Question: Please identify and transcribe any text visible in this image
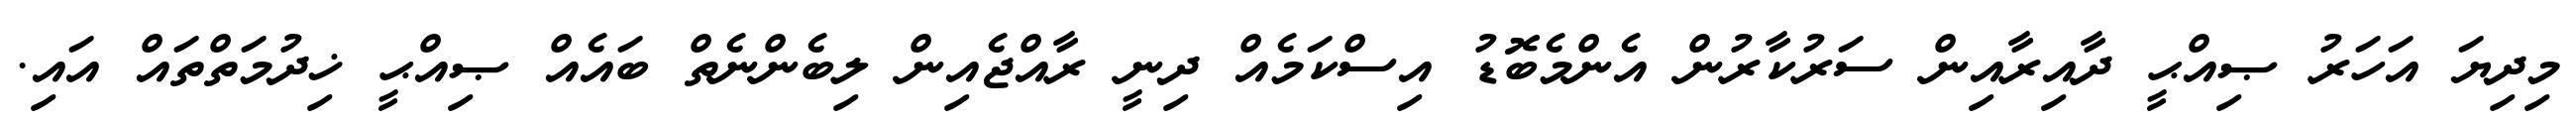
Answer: މިދިޔަ އަހަރު ޞިއްޙީ ދާއިރާއިން ސަރުކާރުން އެންމެބޮޑު އިސްކަމެއް ދިނީ ރާއްޖެއިން ލިބެންނެތް ބައެއް ޞިއްޙީ ޚިދުމަތްތައް އައި.